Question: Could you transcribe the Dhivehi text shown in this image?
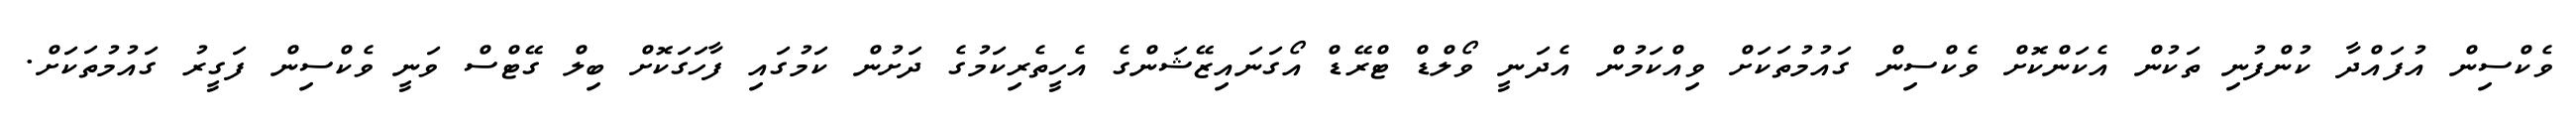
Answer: ވެކްސިން އުފައްދާ ކުންފުނި ތަކުން އެކަންކޮށް ވެކްސިން ގައުމުތަކަށް ވިއްކަމުން އެދަނީ ވޯލްޑް ޓްރޭޑް އޯގަނައިޒޭޝަންގެ އެހީތެރިކަމުގެ ދަށުން ކަމުގައި ފާހަގަކޮށް ބިލް ގޭޓްސް ވަނީ ވެކްސިން ފަގީރު ގައުމުތަކަށް.